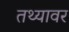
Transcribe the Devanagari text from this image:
तथ्यावर